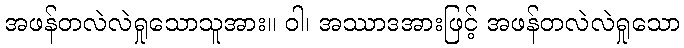
အဖန်တလဲလဲရှုသောသူအား။ ဝါ၊ အဿာဒအားဖြင့် အဖန်တလဲလဲရှုသော